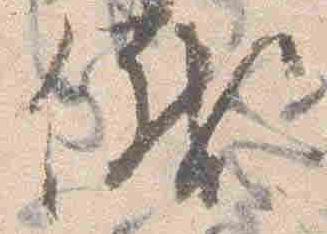
議